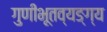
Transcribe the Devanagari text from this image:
गुणीभूतव्यङ्ग्य